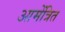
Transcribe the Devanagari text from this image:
आमेंत्रित